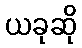
ယခုဆို